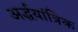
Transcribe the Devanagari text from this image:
अर्द्धयांत्रिक